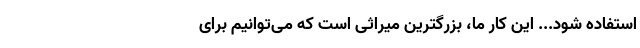
استفاده شود... این کار ما، بزرگترین میراثی است که می‌توانیم برای